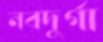
নবদুর্গা